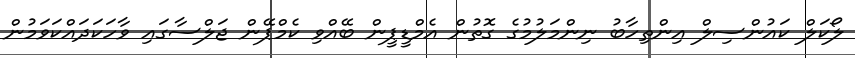
ލޯކަލް ކައުންސިލް އިންތިހާބު ނިންމަލުމުގެ ގޮތުން އެމްޑީޕީން ބޭއްވި ކެމްޕޭން ޖަލްސާގައި ވާހަކަދައްކަވަމުން